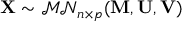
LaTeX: \mathbf { X } \sim { \mathcal { M N } } _ { n \times p } ( \mathbf { M } , \mathbf { U } , \mathbf { V } )